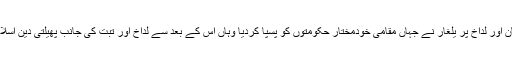
جموں کے ڈوگروں کے بلتستان اور لداخ پر یلغار نے جہاں مقامی خودمختار حکومتوں کو پسپا کردیا وہاں اس کے بعد سے لداخ اور تبت کی جانب پھیلتی دین اسلام کی اشاعت بھی رک گٸی۔